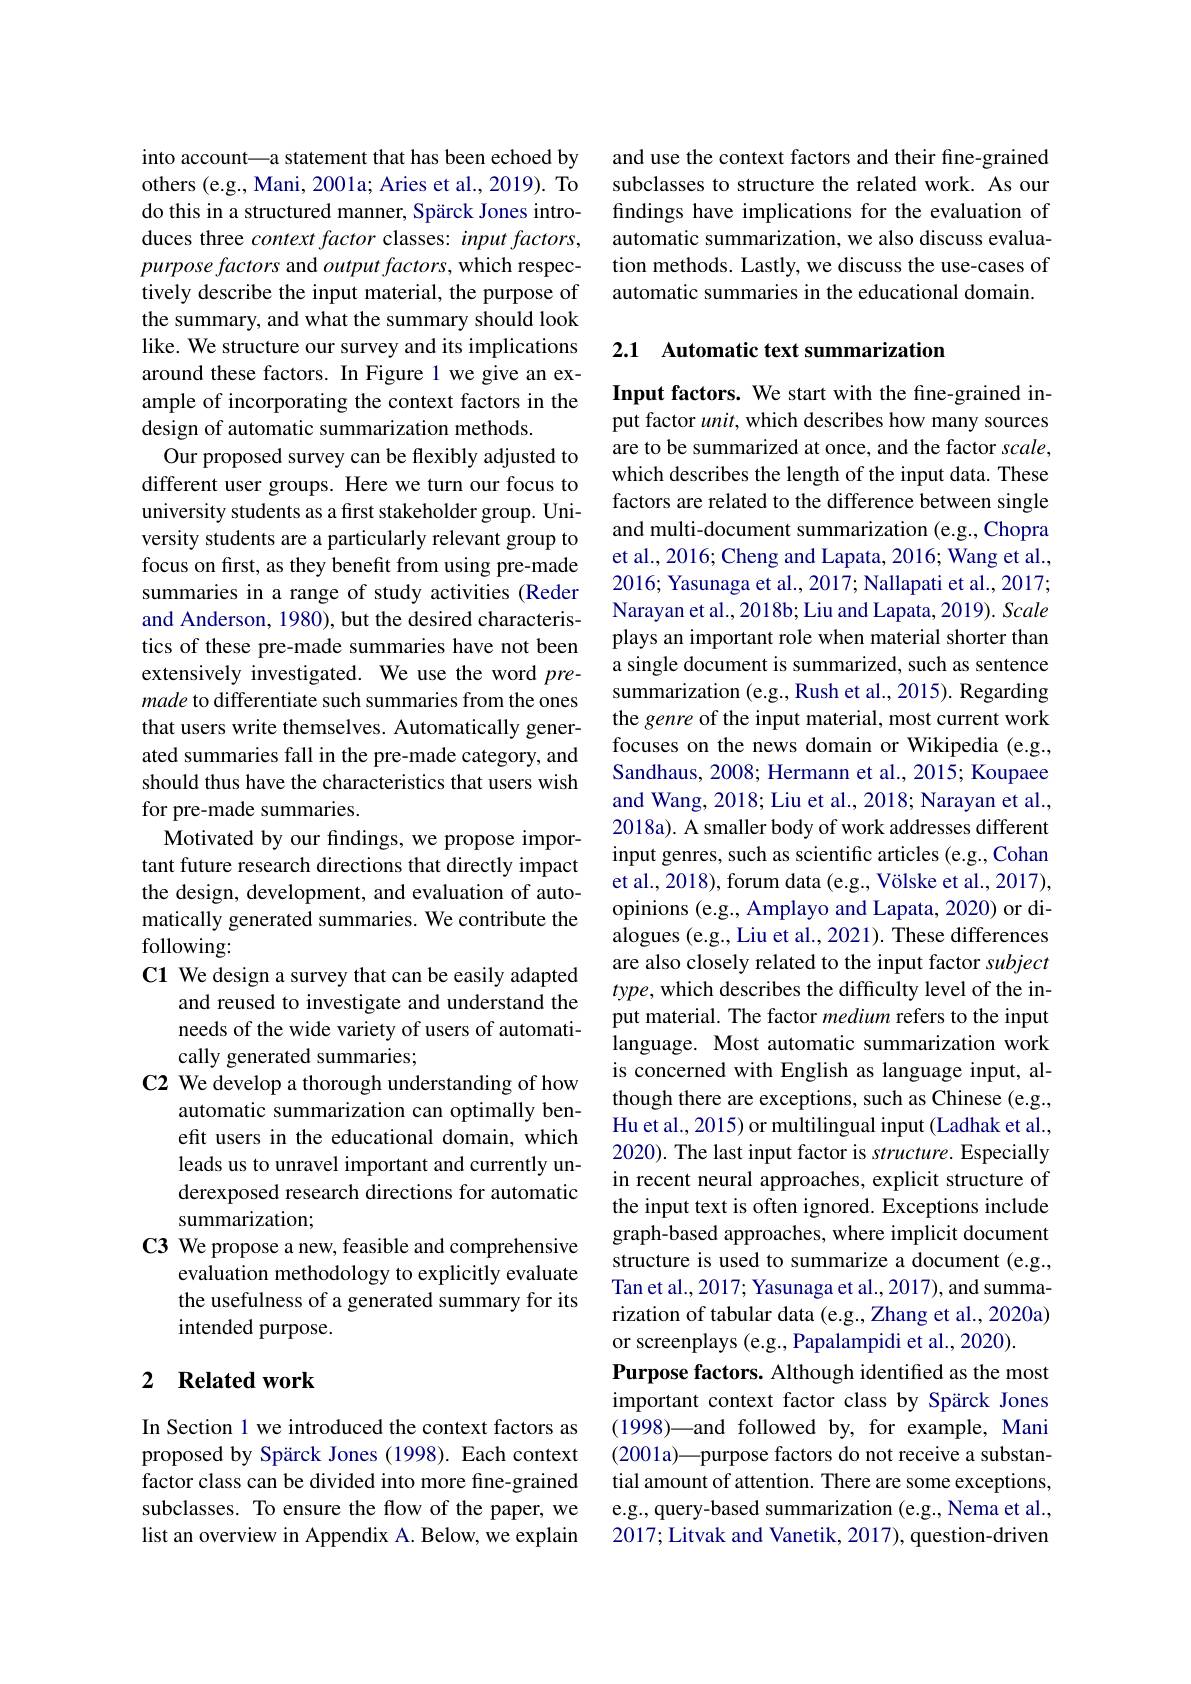
into account\_a statement that has been echoed by others (e.g., Mani, 2001a; Aries et al., 2019). To do this in a structured manner, Spärck Jones introduces three context factor classes: input factors, purpose factors and output factors, which respectively describe the input material, the purpose of the summary, and what the summary should look like. We structure our survey and its implications around these factors. In Figure 1 we give an example of incorporating the context factors in the design of automatic summarization methods.
Our proposed survey can be flexibly adjusted to different user groups. Here we turn our focus to university students as a first stakeholder group. University students are a particularly relevant group to focus on first, as they benefit from using pre-made summaries in a range of study activities (Reder and Anderson, 1980), but the desired characteristics of these pre-made summaries have not been extensively investigated. We use the word premade to differentiate such summaries from the ones that users write themselves. Automatically generated summaries fall in the pre-made category, and should thus have the characteristics that users wish for pre-made summaries.
Motivated by our findings, we propose important future research directions that directly impact the design, development, and evaluation of automatically generated summaries. We contribute the following:
C1 We design a survey that can be easily adapted
and reused to investigate and understand the needs of the wide variety of users of automatically generated summaries;
C2 We develop a thorough understanding of how
automatic summarization can optimally benefit users in the educational domain, which leads us to unravel important and currently underexposed research directions for automatic summarization;
C3 We propose a new, feasible and comprehensive
evaluation methodology to explicitly evaluate the usefulness of a generated summary for its intended purpose.

## 2 Related work

In Section 1 we introduced the context factors as proposed by Spärck Jones (1998). Each context factor class can be divided into more fine-grained subclasses. To ensure the flow of the paper, we list an overview in Appendix A. Below, we explain

and use the context factors and their fine-grained subclasses to structure the related work. As our findings have implications for the evaluation of automatic summarization, we also discuss evaluation methods. Lastly, we discuss the use-cases of automatic summaries in the educational domain.

## 2.1 Automatic text summarization

Input factors. We start with the fine-grained input factor unit, which describes how many sources are to be summarized at once, and the factor scale, which describes the length of the input data. These factors are related to the difference between single and multi-document summarization (e.g., Chopra et al., 2016; Cheng and Lapata, 2016; Wang et al., 2016; Yasunaga et al., 2017; Nallapati et al., 2017; Narayan et al., 2018b; Liu and Lapata, 2019). Scale plays an important role when material shorter than a single document is summarized, such as sentence summarization (e.g., Rush et al., 2015). Regarding the genre of the input material, most current work focuses on the news domain or Wikipedia (e.g., Sandhaus, 2008; Hermann et al., 2015; Koupaee and Wang, 2018; Liu et al., 2018; Narayan et al., 2018a). A smaller body of work addresses different input genres, such as scientific articles (e.g., Cohan et al., 2018), forum data (e.g., Völske et al., 2017), opinions (e.g., Amplayo and Lapata, 2020) or dialogues (e.g., Liu et al., 2021). These differences are also closely related to the input factor subject type, which describes the difficulty level of the input material. The factor medium refers to the input language. Most automatic summarization work is concerned with English as language input, although there are exceptions, such as Chinese (e.g., Hu et al., 2015) or multilingual input (Ladhak et al., 2020). The last input factor is structure. Especially in recent neural approaches, explicit structure of the input text is often ignored. Exceptions include graph-based approaches, where implicit document structure is used to summarize a document (e.g., Tan et al., 2017; Yasunaga et al., 2017), and summarization of tabular data (e.g., Zhang et al., 2020a) or screenplays (e.g., Papalampidi et al., 2020).
Purpose factors. Although identified as the most important context factor class by Spärck Jones (1998)—and followed by, for example, Mani (2001a)—purpose factors do not receive a substantial amount of attention. There are some exceptions, e.g., query-based summarization (e.g., Nema et al., 2017; Litvak and Vanetik, 2017), question-driven